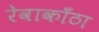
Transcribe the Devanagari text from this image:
रेवाकाँठा